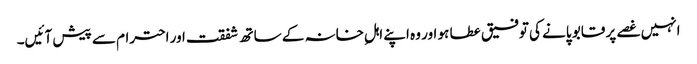
انہیں غصے پر قابو پانے کی توفیق عطا ہو اور وہ اپنے اہلِ خانہ کے ساتھ شفقت اور احترام سے پیش آئیں۔